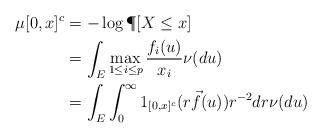
LaTeX: \begin{align*}\mu[0,x]^c &= -\log \P[X\le x] \\&= \int_{E} \max_{1\leq i\leq p} \frac{f_i(u)}{x_i} \nu(du) \\&= \int_{E} \int_0^\infty 1_{[0,x]^c}(r \vec{f}(u))r^{-2}dr \nu(du)\end{align*}